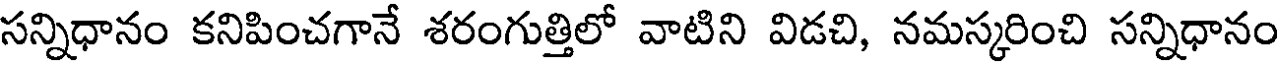
సన్నిధానం కనిపించగానే శరంగుత్తిలో వాటిని విడచి, నమస్కరించి సన్నిధానం